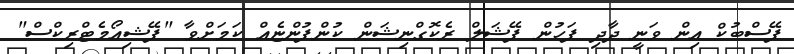
ފޭސްބުކް އިން ވަނީ ދާދި ފަހުން ފޭޝަލް ރެކޮގްނިޝަން ކުންފުންޏެއް ކަމަށްވާ "ފޭޝިއޯމެޓްރިކްސް"